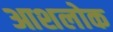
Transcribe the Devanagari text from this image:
आशलोक